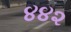
૪૪૨